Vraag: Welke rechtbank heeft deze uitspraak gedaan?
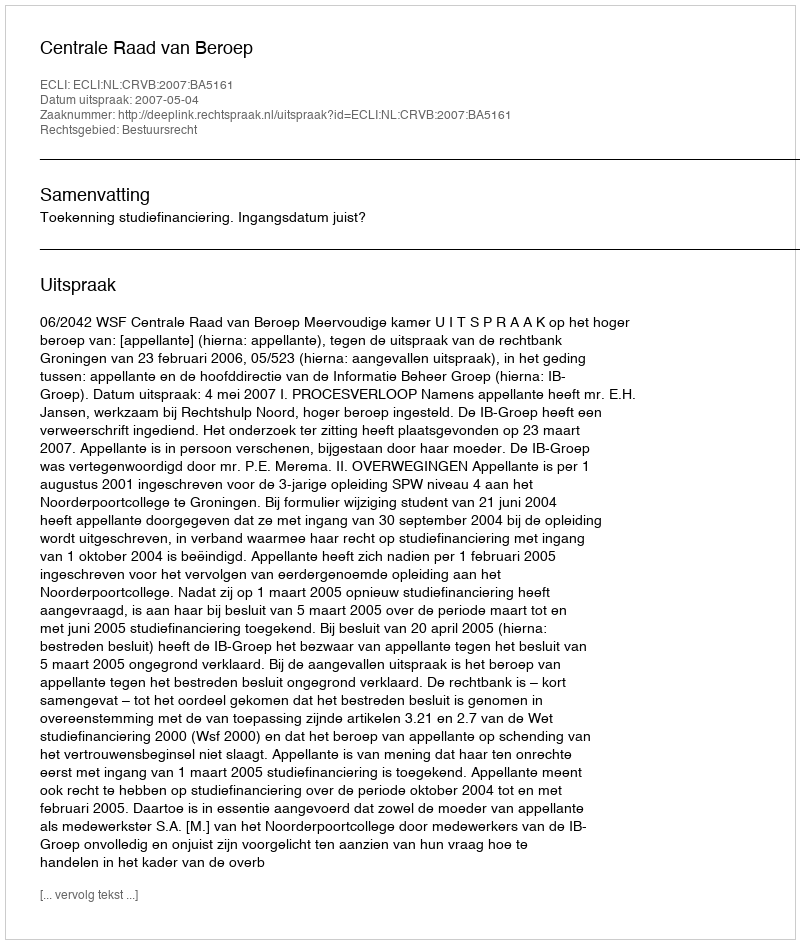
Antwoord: Centrale Raad van Beroep